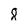
Character: 8